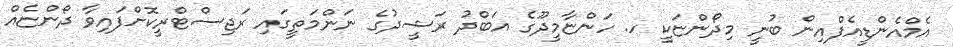
އެމްއެންޑީއެފްއިން ބުނީ މިދޯންޏަކީ ހ. ހަންޏާމީދޫގެ އަބްދު ރަޝީދުގެ ނަންމަތީގައި ރަޖިސްޓްރީކޮށްފައިވާ ދޯންޏެއް